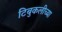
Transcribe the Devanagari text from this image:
टिबुकलीच्‍या